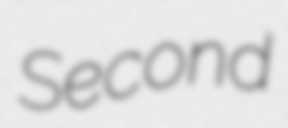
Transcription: Second